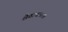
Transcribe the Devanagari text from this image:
शैवोपासना